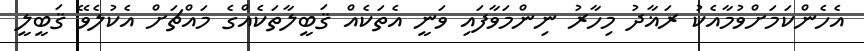
އެހެންކަމަށްވުމާއެކު ރަޣާދު މިހާރު ނިންމަވާފައި ވަނީ އެތަކެއް ޤަބީލާތަކެއްގެ މައްޗަށް އެކުލެވޭ ޤަބީލީ